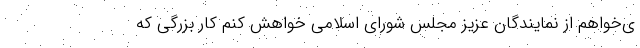
ی‌خواهم از نمایندگان عزیز مجلس شورای اسلامی خواهش کنم کار بزرگی که